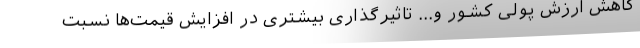
کاهش ارزش پولی کشور و... تاثیرگذاری بیشتری در افزایش قیمت‌ها نسبت